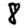
Digit: 8